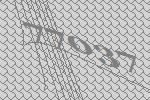
77037